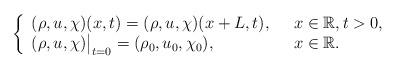
LaTeX: \begin{align*}\left\{\begin{array}{llll}(\rho,u,\chi)(x,t)=(\rho,u,\chi)(x+L,t),\ \ & x\in\mathbb{R},t>0,\\(\rho,u,\chi)\big|_{t=0}=(\rho_0,u_0,\chi_0),\ \ & x\in\mathbb{R}.\end{array}\right.\end{align*}